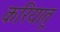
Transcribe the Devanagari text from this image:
करियातू